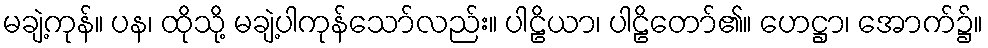
မချဲ့ကုန်။ ပန၊ ထိုသို့ မချဲ့ပါကုန်သော်လည်း။ ပါဠိယာ၊ ပါဠိတော်၏။ ဟေဋ္ဌာ၊ အောက်၌။